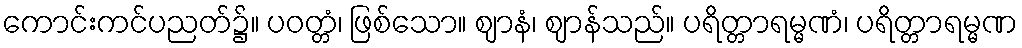
ကောင်းကင်ပညတ်၌။ ပဝတ္တံ၊ ဖြစ်သော။ ဈာနံ၊ ဈာန်သည်။ ပရိတ္တာရမ္မဏံ၊ ပရိတ္တာရမ္မဏ